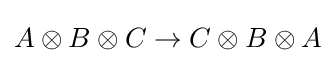
A\otimes B\otimes C\rightarrow C\otimes B\otimes A